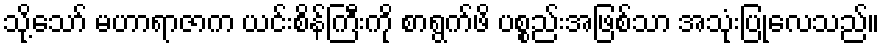
သို့သော် မဟာရာဇာက ယင်းစိန်ကြီးကို စာရွက်ဖိ ပစ္စည်းအဖြစ်သာ အသုံးပြုလေသည်။